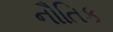
નૌતિક